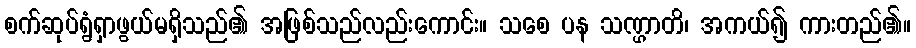
စက်ဆုပ်ရွံရှာဖွယ်မရှိသည်၏ အဖြစ်သည်လည်းကောင်း။ သစေ ပန သဏ္ဌာတိ၊ အကယ်၍ ကားတည်၏။